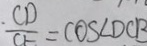
\frac { C D } { C E } = \cos \angle D C E